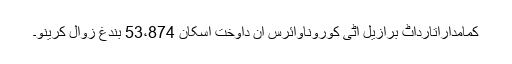
کمامدارآتارداٹ برازیل اٹی کوروناوائرس آن داوخت اسکان 53،874 بندغ زوال کرینو۔